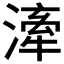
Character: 𣽲